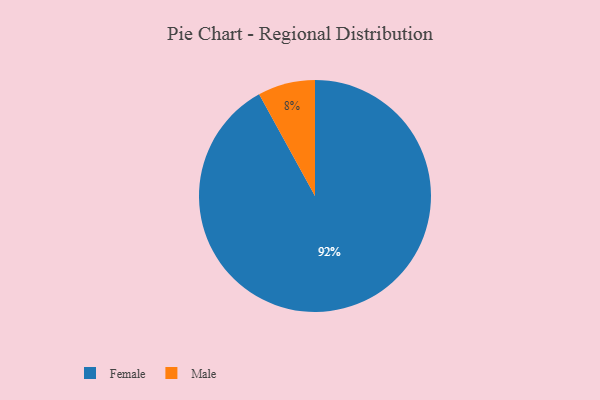
{"axis": {"x": "Category", "y": "Percentage"}, "legend": ["Female", "Male"], "data": [{"x": "Female", "y": 92, "type": "Female"}, {"x": "Male", "y": 8, "type": "Male"}]}